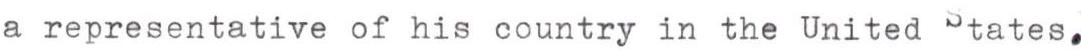
a representative of his country in the United States.